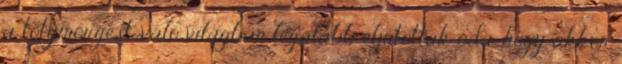
a tötymörgést, való világban legalább eljutottak oda, hogy akkor